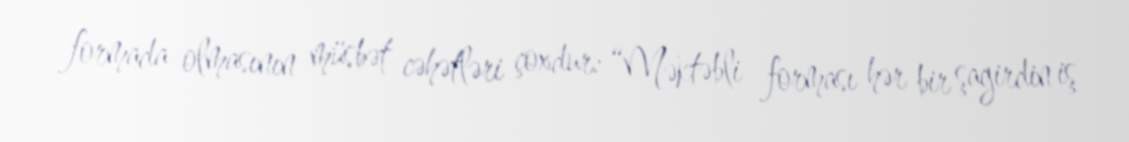
formada olmasının müsbət cəhətləri çoxdur: “Məktəbli forması hər bir şagirdin iş